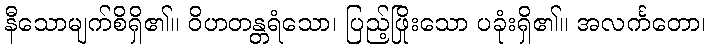
နီသောမျက်စိရှိ၏။ ဝိဟတန္တရံသော၊ ပြည့်ဖြိုးသော ပခုံးရှိ၏။ အလင်္ကတော၊